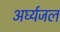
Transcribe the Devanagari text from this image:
अर्घ्यजल